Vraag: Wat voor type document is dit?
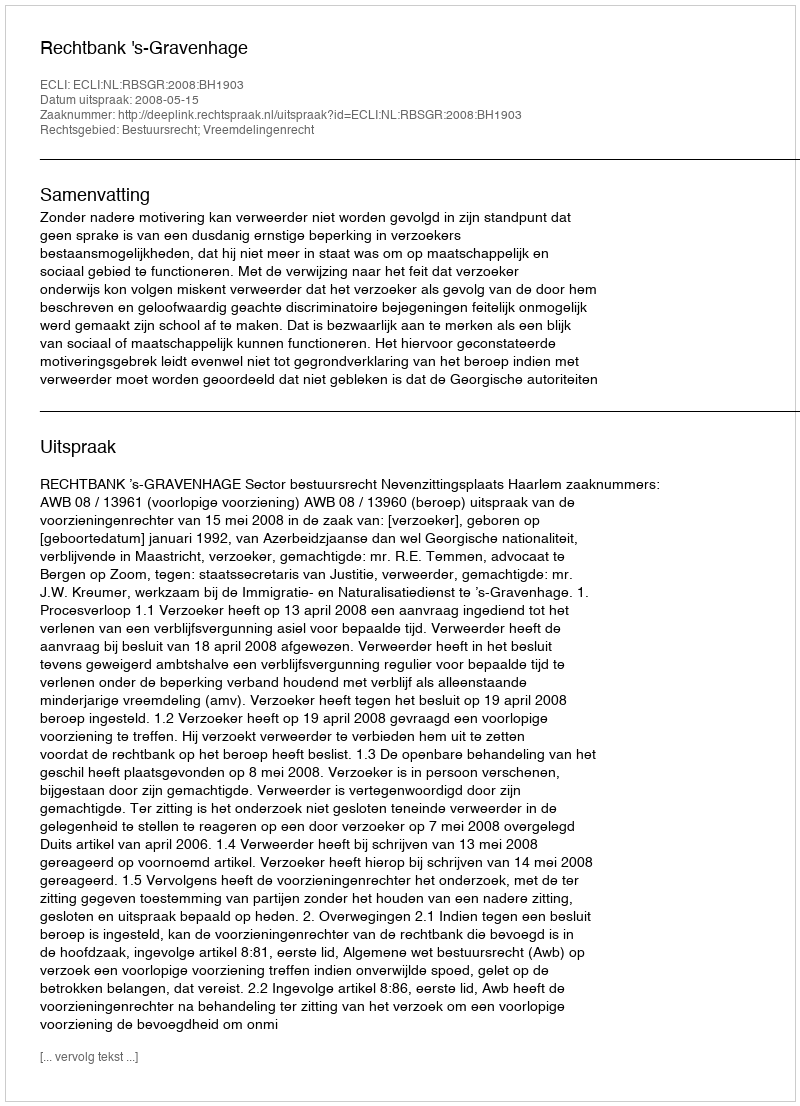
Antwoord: Uitspraak